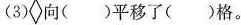
(3) 向()平移了()格。